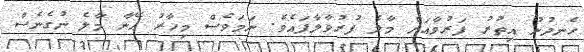
ހެނދުނު އިތުރު ފަރުވާއަށް މާލެ ފުރުވާލާފައެވެ. ނަމަވެސް މިހާރު އޭނާ މާލެ ނުގެނެސް